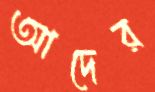
আদের